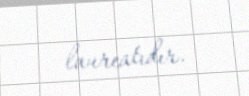
laureatıdır.